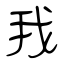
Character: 我